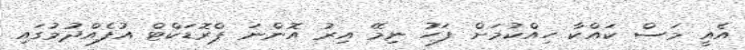
އެއީ މަސް ކައްކާ ހިއްކުމަށް ފަހު ނިމޭ އިރު އޮންނަ ޕްރޮޑަކްޓް އުފެއްދުމުގައި